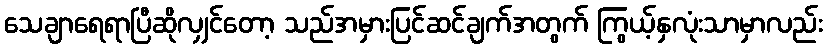
သေချာရေရာပြီဆိုလျှင်တော့ သည်အမှားပြင်ဆင်ချက်အတွက် ကြွယ့်နှလုံးသာမှာလည်း